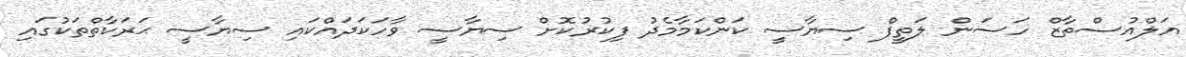
އަލްއުސްތާޒް ހަސަން ލަތީފް ސިޔާސީ ކަންކަމާމެދު ފިކުރުކޮށް ސިޔާސީ ވާހަކަދައްކައި ސިޔާސީ ޙަރަކާތްތަކުގައި